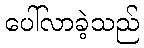
ပေါ်လာခဲ့သည်